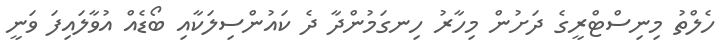
ހެލްތު މިނިސްޓްރީގެ ދަށުން މިހާރު ހިނގަމުންދާ ދެ ކައުންސިލަކާއި ބޯޑެއް އުވާލައިފަ ވަނީ